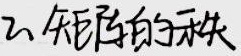
2、矩阵的秩